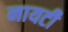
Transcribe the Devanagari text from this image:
नायटी